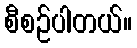
စီစဉ်ပါတယ်။